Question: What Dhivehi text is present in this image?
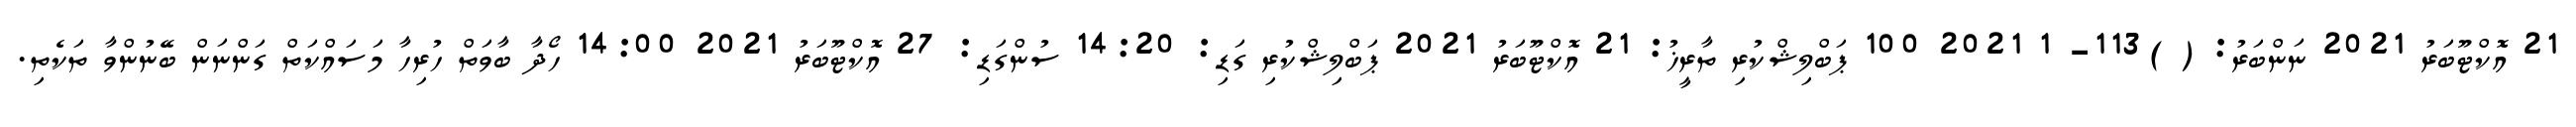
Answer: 21 އޮކްޓޫބަރު 2021 ނަންބަރު: ( )113- 1 2021 100 ޕަބްލިޝްކުރި ތާރީޚު: 21 އޮކްޓޫބަރު 2021 ޕަބްލިޝްކުރި ގަޑި: 14:20 ސުންގަޑި: 27 އޮކްޓޫބަރު 2021 14:00 ހޯދާ ބާވަތް ހުރިހާ މަސައްކަތް ގަންނަން ބޭނުންވާ ތަކެތި.